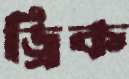
ড্রিক